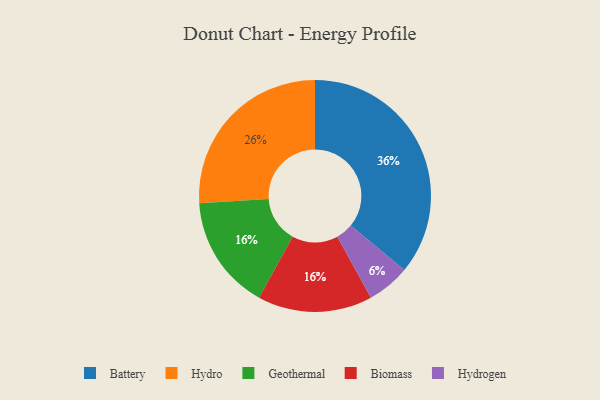
{"axis": {"x": "Category", "y": "Percentage"}, "legend": ["Battery", "Biomass", "Geothermal", "Hydro", "Hydrogen"], "data": [{"x": "Battery", "y": 36, "type": "Battery"}, {"x": "Hydrogen", "y": 6, "type": "Hydrogen"}, {"x": "Geothermal", "y": 16, "type": "Geothermal"}, {"x": "Biomass", "y": 16, "type": "Biomass"}, {"x": "Hydro", "y": 26, "type": "Hydro"}]}